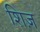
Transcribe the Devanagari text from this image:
शिज़